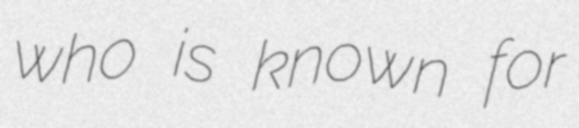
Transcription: who is known for